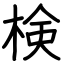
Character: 検